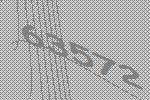
63572